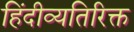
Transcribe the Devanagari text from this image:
हिंदीव्यतिरिक्त